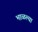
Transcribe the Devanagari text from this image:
भाळल्या